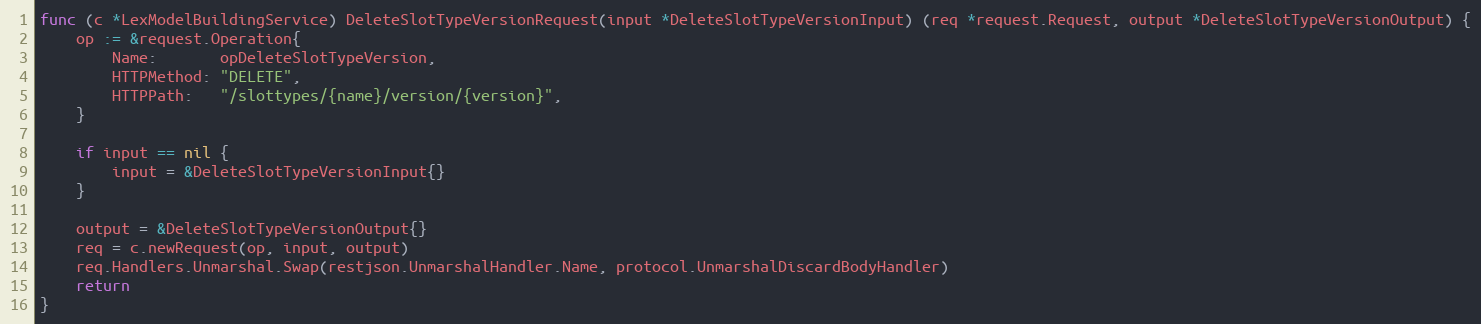
Language: Go
func (c *LexModelBuildingService) DeleteSlotTypeVersionRequest(input *DeleteSlotTypeVersionInput) (req *request.Request, output *DeleteSlotTypeVersionOutput) {
	op := &request.Operation{
		Name:       opDeleteSlotTypeVersion,
		HTTPMethod: "DELETE",
		HTTPPath:   "/slottypes/{name}/version/{version}",
	}

	if input == nil {
		input = &DeleteSlotTypeVersionInput{}
	}

	output = &DeleteSlotTypeVersionOutput{}
	req = c.newRequest(op, input, output)
	req.Handlers.Unmarshal.Swap(restjson.UnmarshalHandler.Name, protocol.UnmarshalDiscardBodyHandler)
	return
}